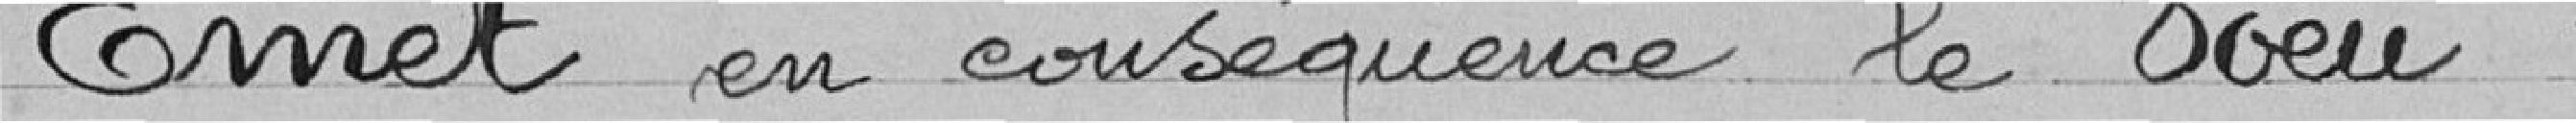
Emet en conséquence le vœu :